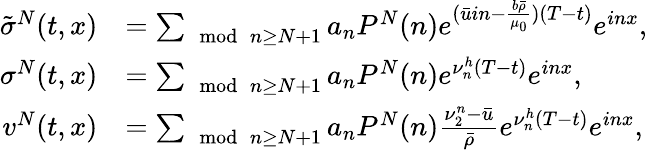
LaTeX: \begin{array}{rl}{\tilde{\sigma}^{N}(t,x)}&{=\sum_{\mod{n}\geq N+1}a_{n}P^{N}(n)e^{(\bar{u}in-\frac{b\bar{\rho}}{\mu_{0}})(T-t)}e^{inx},}\\ {\sigma^{N}(t,x)}&{=\sum_{\mod{n}\geq N+1}a_{n}P^{N}(n)e^{\nu_{n}^{h}(T-t)}e^{inx},}\\ {v^{N}(t,x)}&{=\sum_{\mod{n}\geq N+1}a_{n}P^{N}(n)\frac{\nu_{2}^{n}-\bar{u}}{\bar{\rho}}e^{\nu_{n}^{h}(T-t)}e^{inx},}\end{array}